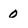
Character: 0